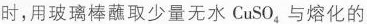
时，用玻璃棒蘸取少量无水CuSO_{4}与熔化的